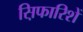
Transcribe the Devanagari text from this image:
स़िफारिशें